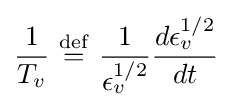
{\frac {1}{T_{v}}}\ {\stackrel {\mathrm {def} }{=}}\ {\frac {1}{\epsilon _{v}^{1/2}}}{\frac {d\epsilon _{v}^{1/2}}{dt}}